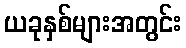
ယခုနှစ်များအတွင်း